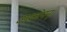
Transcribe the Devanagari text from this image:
उग्रकोपन्।